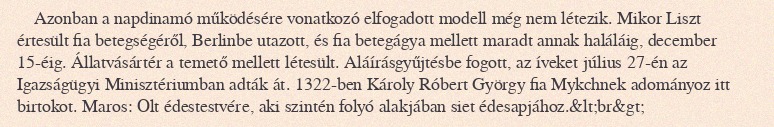
Azonban a napdinamó működésére vonatkozó elfogadott modell még nem létezik. Mikor Liszt értesült fia betegségéről, Berlinbe utazott, és fia betegágya mellett maradt annak haláláig, december 15-éig. Állatvásártér a temető mellett létesült. Aláírásgyűjtésbe fogott, az íveket július 27-én az Igazságügyi Minisztériumban adták át. 1322-ben Károly Róbert György fia Mykchnek adományoz itt birtokot. Maros: Olt édestestvére, aki szintén folyó alakjában siet édesapjához.&lt;br&gt;